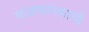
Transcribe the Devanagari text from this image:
कळफलकाची